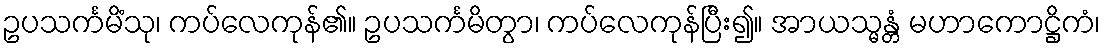
ဥပသင်္ကမိံသု၊ ကပ်လေကုန်၏။ ဥပသင်္ကမိတွာ၊ ကပ်လေကုန်ပြီး၍။ အာယသ္မန္တံ မဟာကောဋ္ဌိကံ၊